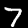
Digit: 7